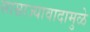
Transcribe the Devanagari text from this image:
साम्राज्यावादामुळे